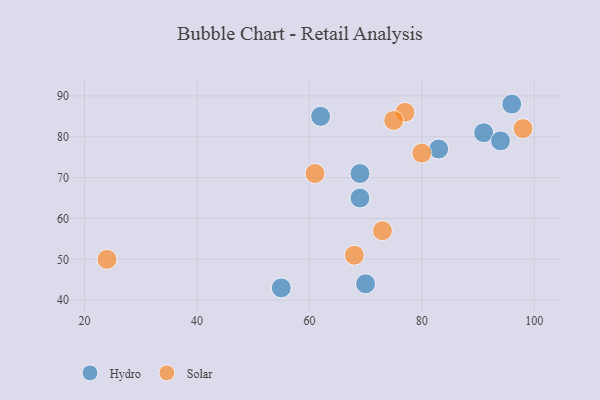
{"axis": {"x": "GDP", "y": "Life Expectancy"}, "legend": ["Hydro", "Solar"], "data": [{"x": "70", "y": 44, "type": "Hydro"}, {"x": "62", "y": 85, "type": "Hydro"}, {"x": "55", "y": 43, "type": "Hydro"}, {"x": "96", "y": 88, "type": "Hydro"}, {"x": "83", "y": 77, "type": "Hydro"}, {"x": "69", "y": 71, "type": "Hydro"}, {"x": "91", "y": 81, "type": "Hydro"}, {"x": "69", "y": 65, "type": "Hydro"}, {"x": "94", "y": 79, "type": "Hydro"}, {"x": "68", "y": 51, "type": "Solar"}, {"x": "24", "y": 50, "type": "Solar"}, {"x": "80", "y": 76, "type": "Solar"}, {"x": "61", "y": 71, "type": "Solar"}, {"x": "98", "y": 82, "type": "Solar"}, {"x": "73", "y": 57, "type": "Solar"}, {"x": "77", "y": 86, "type": "Solar"}, {"x": "75", "y": 84, "type": "Solar"}]}